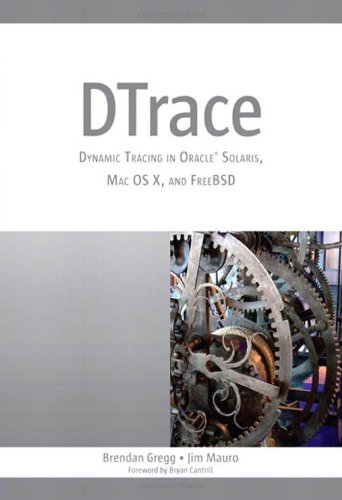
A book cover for DTrace: Dynamic Tracing in Oracle Solaris, Mac OS X and FreeBSD (Oracle Solaris Series); Brendan Gregg; Computers & Technology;